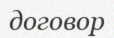
договор